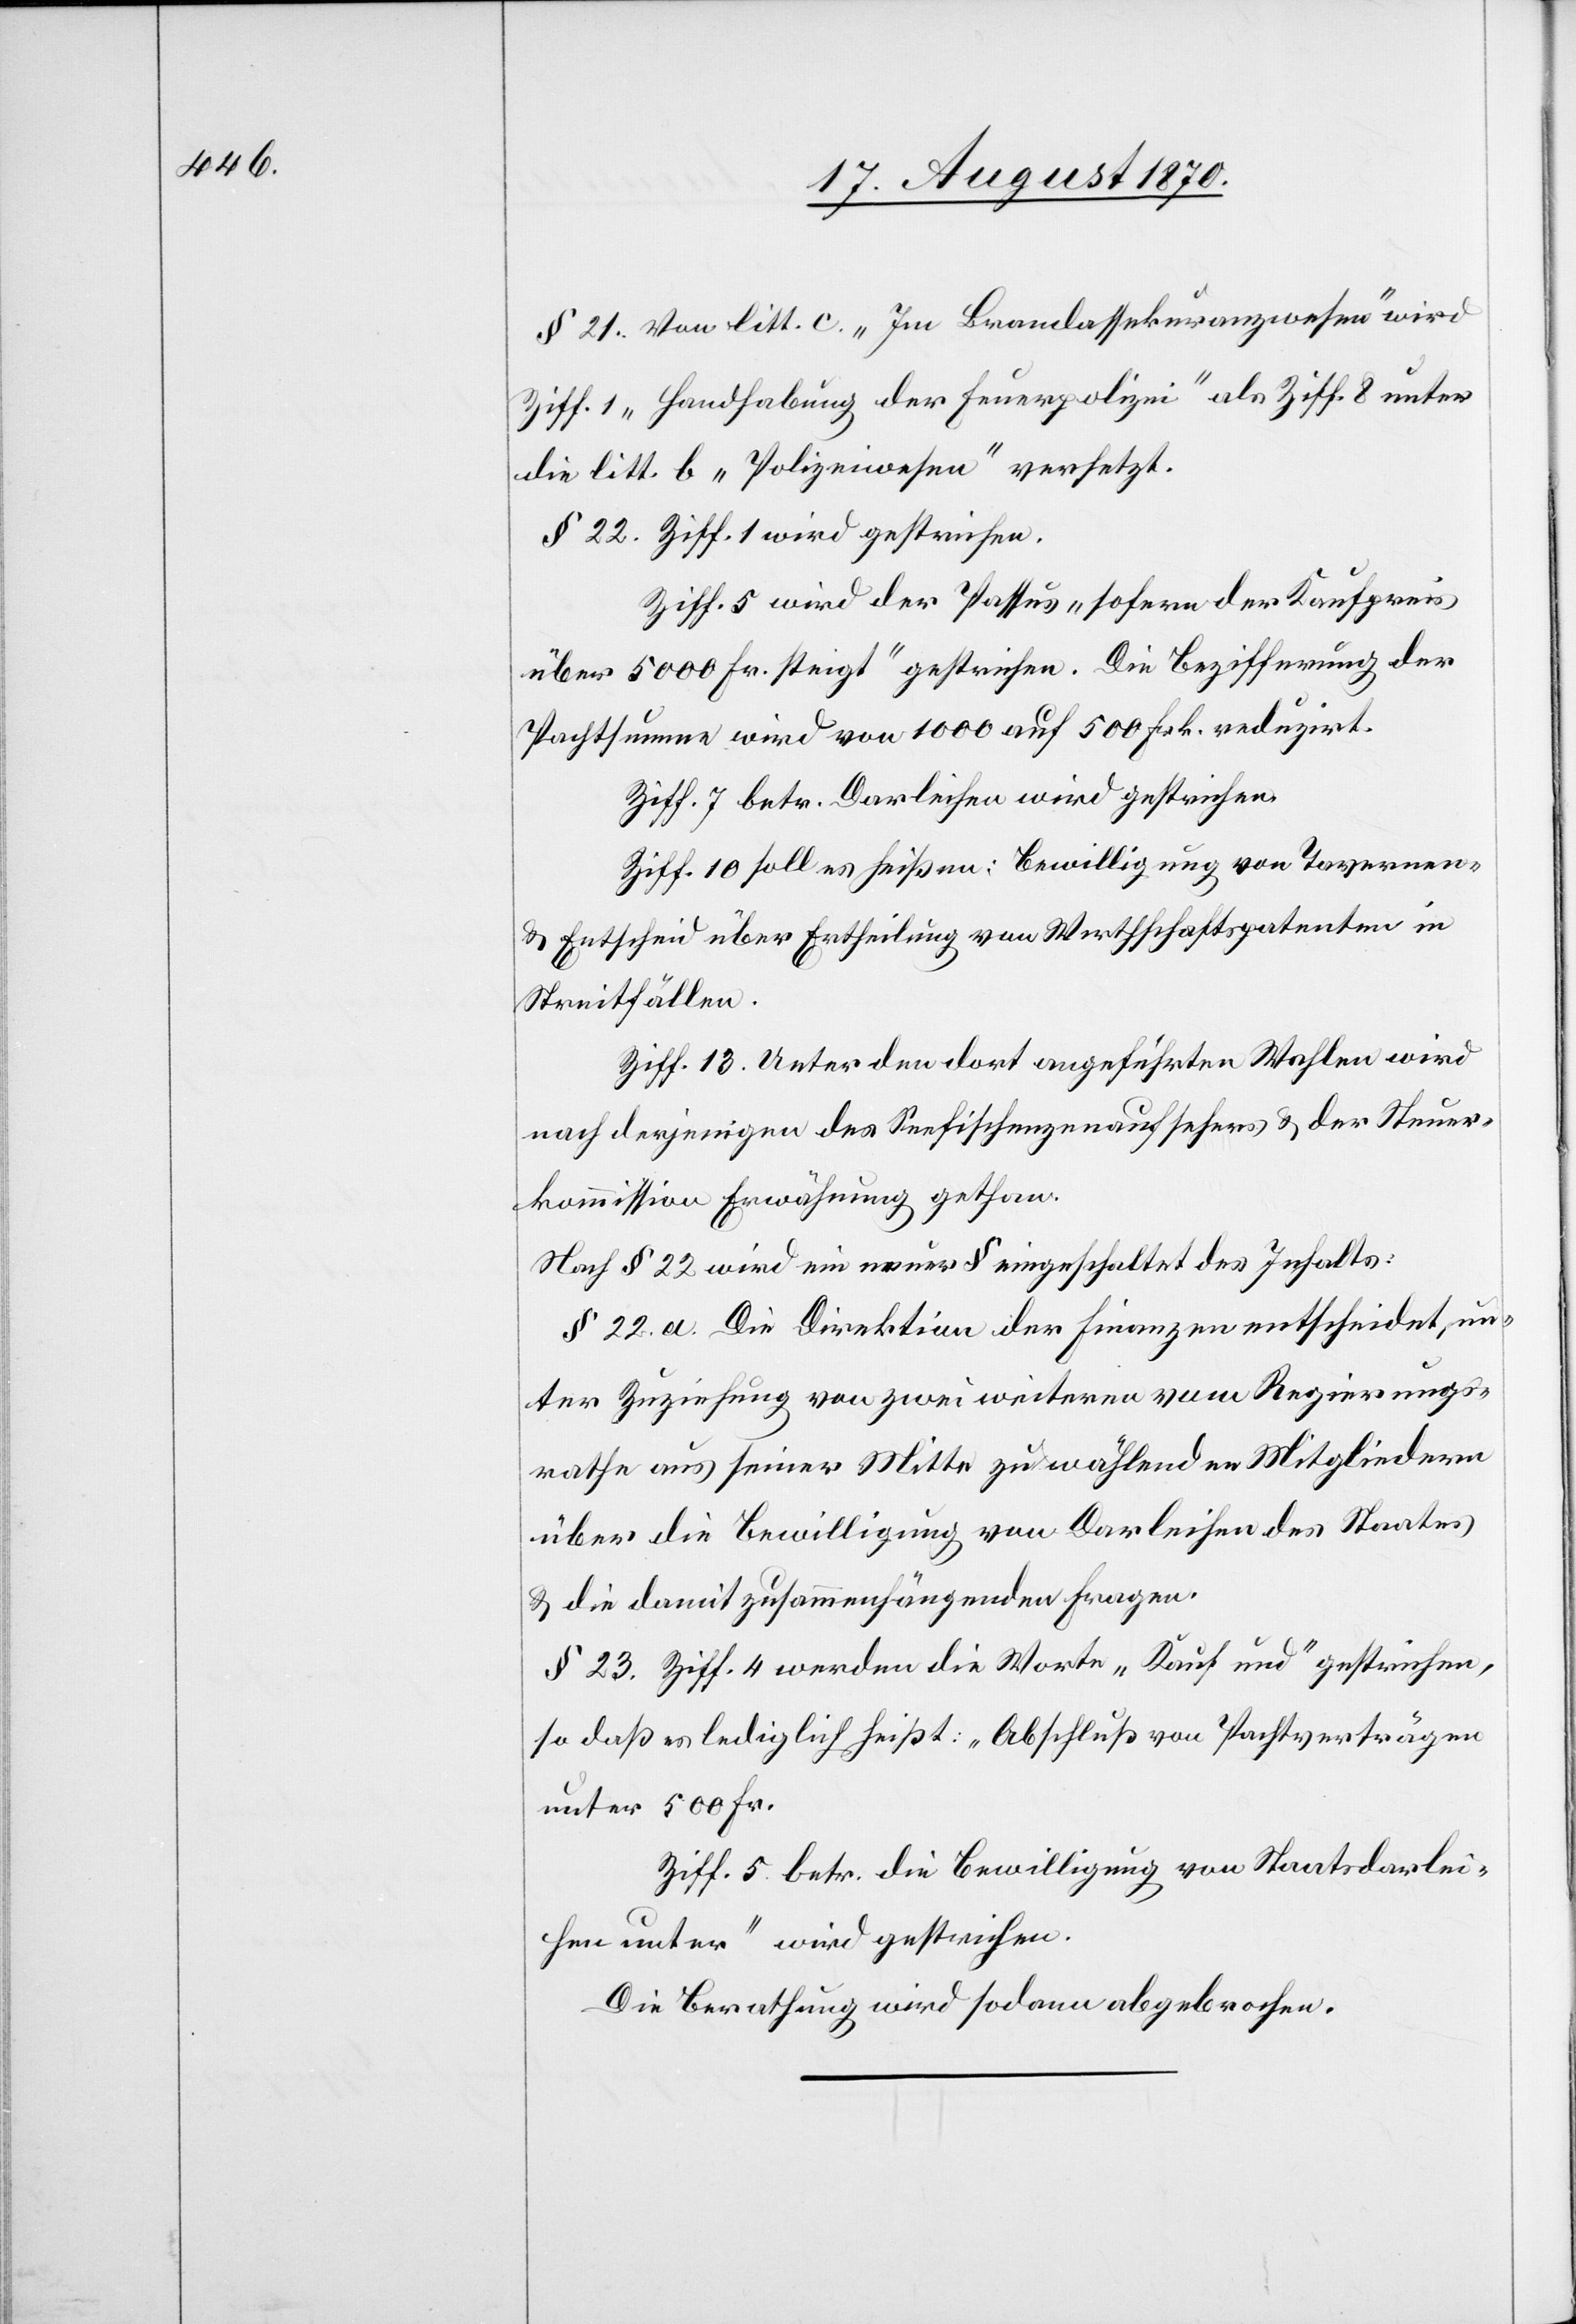
§ 21. Von litt. c. „Im Brandassekuranzwesen“ wird
Ziff. 1 „Handhabung der Feuerpolizei“ als Ziff. 8 unter
die litt. b „Polizeiwesen“ versetzt.
§ 22. Ziff. 1 wird gestrichen.
Ziff. 5 wird der Passus „sofern der Kaufpreis
über 5000 Fr. steigt“ gestrichen. Die Bezifferung der
Pachtsumme wird von 1000 auf 500 Frk. reduzirt.
Ziff. 7 betr. Darleihen wird gestrichen.
Ziff. 10 soll es heißen: Bewilligung von Tavernen-
& Entscheid über Ertheilung von Wirthschaftspatenten in
Streitfällen.
Ziff. 13. Unter den dort angeführten Wahlen wird
[sic!] derjenigen des Seefischenzenaufsehers & der Steuer¬
kommission Erwähnung gethan.
Nach § 22 wird ein neuer § eingeschaltet des Inhalts:
§ 22. a. Die Direktion der Finanzen entscheidet, un¬
ter Zuziehung von zwei weiteren vom Regierungs¬
rathe aus seiner Mitte zu wählenden Mitgliedern
über die Bewilligung von Darleihen des Staates
& die damit zusammenhängenden Fragen.
§ 23. Ziff. 4 werden die Worte „Kauf und“ gestrichen,
so daß es lediglich heißt: „Abschluß von Pachtverträgen
unter 500 Fr.“
Ziff. 5 betr. die Bewilligung von Staatsdarlei¬
hen unter “ wird gestrichen
Die Berathung wird sodann abgebrochen.